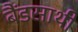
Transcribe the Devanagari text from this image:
बैंडसाथी